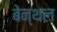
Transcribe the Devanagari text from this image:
बेन्थल